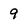
Character: 9